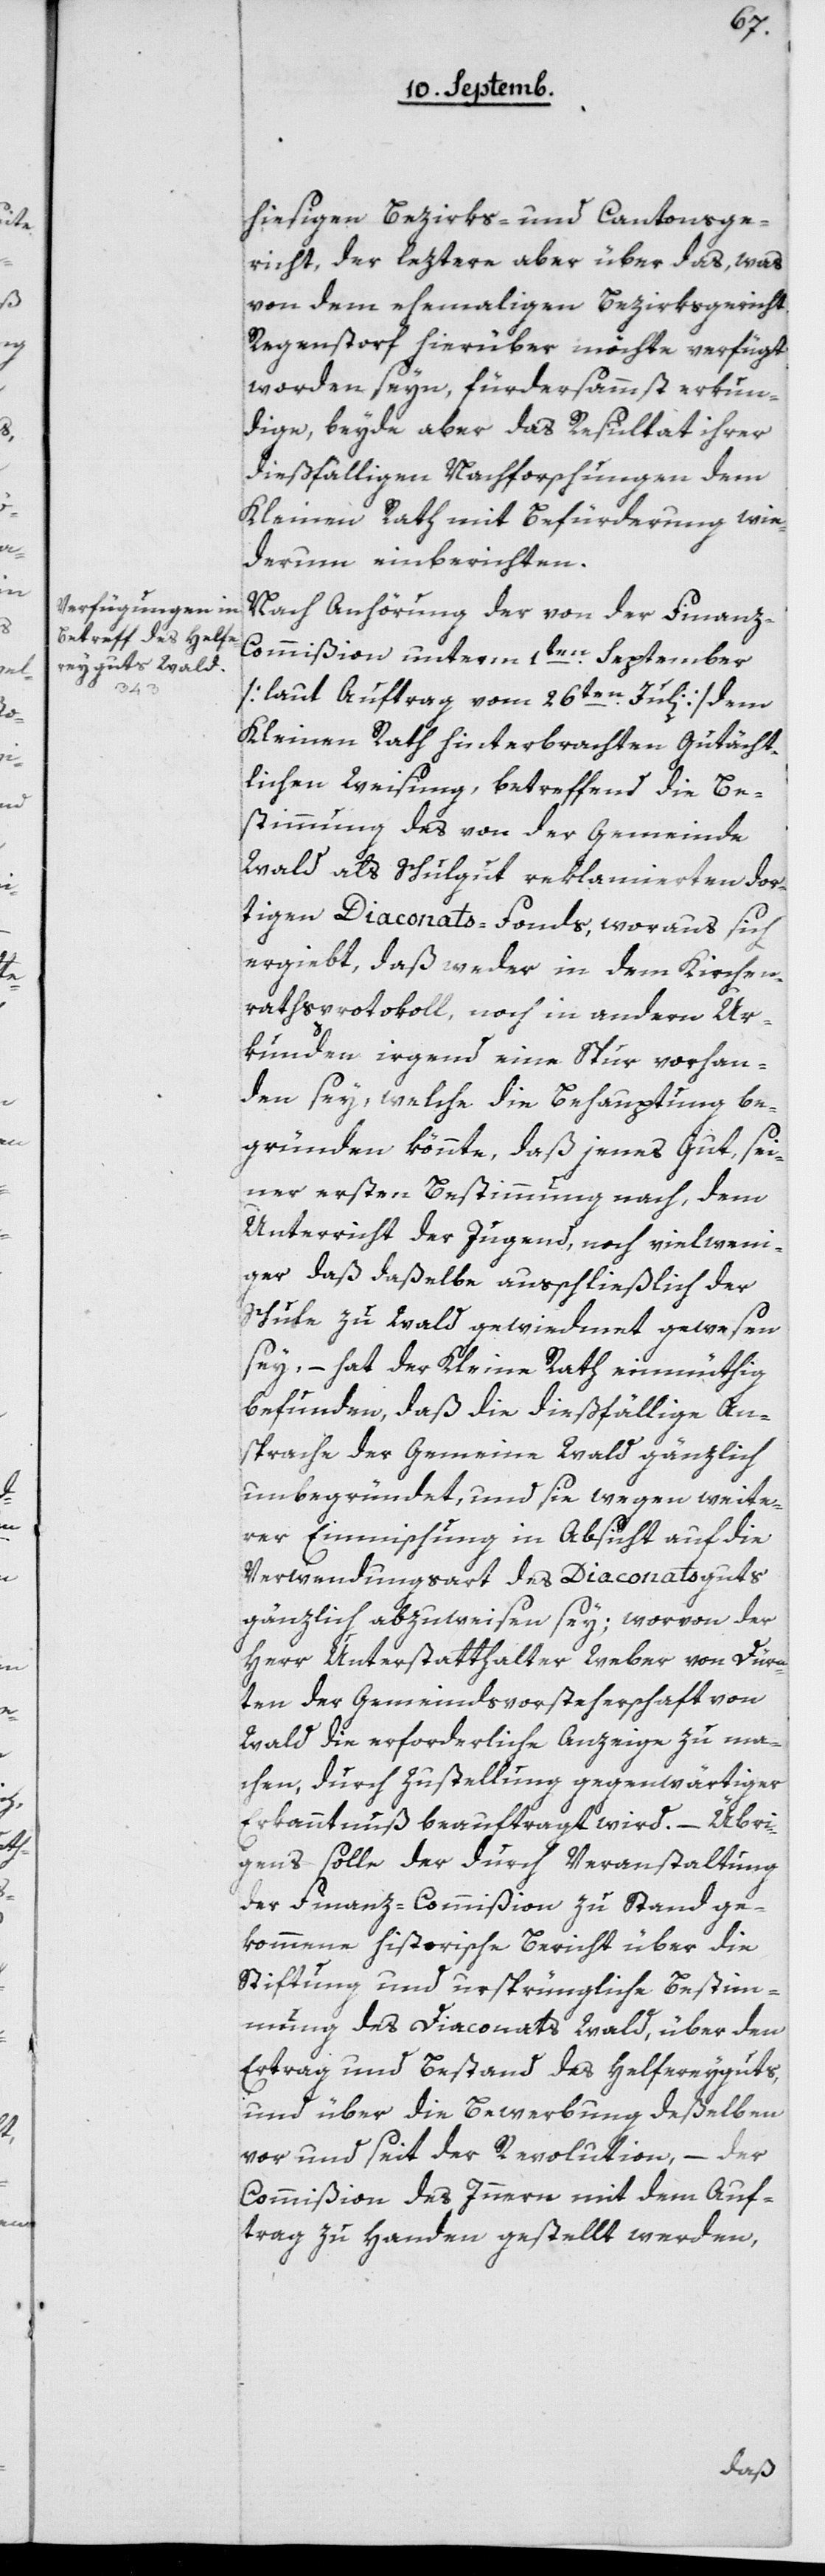
hiesigen Bezirks- und Cantonsge¬
richt, der leztere aber über das, was
von dem ehemaligen Bezirksgericht
Regenstorf hierüber möchte verfügt
worden seyn, fürdersammst erkun¬
dige, beyde aber das Resultat ihrer
dießfälligen Nachforschungen dem
Kleinen Rath mit Befürderung wie¬
derum einberichten.
Nach Anhörung der von der Finanz-C¬
ommißion unterm 1ten September
[laut Auftrag vom 26ten Juli] dem
Kleinen Rath hinterbrachten Gutächt¬
lichen Weisung, betreffend die Be¬
stimmung, des von der Gemeinde
Wald als Schulgut reklamierten dor¬
tigen Diaconats-Fonds, woraus sich
ergiebt, daß weder in dem Kirchen¬
rathsprotokoll noch in andern Ur¬
kunden irgend eine Spur vorhan¬
den sey, welche die Behauptung be¬
gründen könnte, daß jenes Gut, sei¬
ner ersten Bestimmung nach, dem
Unterricht der Jugend, noch viel weni¬
ger daß daßelbe ausschließlich der
Schule zu Wald gewidmet gewesen
sey, – hat der Kleine Rath einmüthig
befunden, daß die dießfällige An¬
sprache der Gemeinde Wald gänzlich
unbegründet, und sie wegen weite¬
rer Einmischung in Absicht auf die
Verwendungsart des Diaconatsguts
gänzlich abzuweisen sey; worvon der
Herr Unterstatthalter Weber von Dürn¬
ten der Gemeindsvorsteherschaft von
Wald die erforderliche Anzeige zu ma¬
chen, durch Zustellung gegenwärtiger
Erkanntnuß beauftragt wird. – Übri¬
gens solle der durch Veranstaltung
der Finanz-Commißion zu Stand ge¬
kommene historische Bericht über die
Stiftung und ursprüngliche Bestim¬
mung des Diaconats Wald, über den
Ertrag und Bestand des Helfereyguts,
und über die Bewerbung deßelben
vor und seit der Revolution, – der
Commißion des Innern mit dem Auf¬
trag zu Handen gestellt werden,